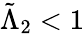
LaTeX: \tilde{\Lambda}_{2}<1